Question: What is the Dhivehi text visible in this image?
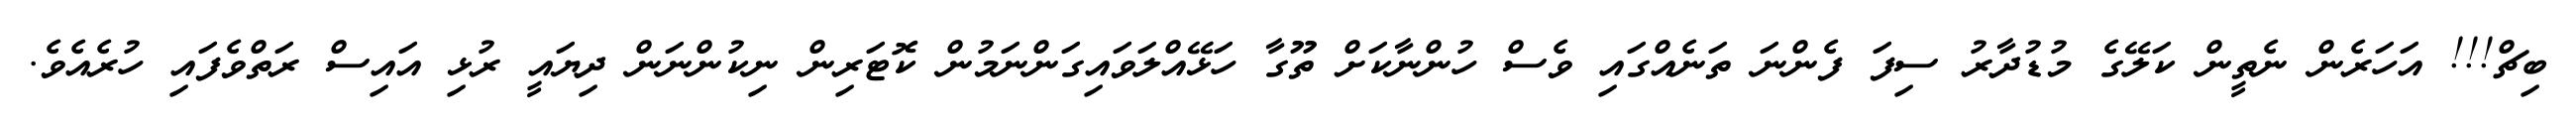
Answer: ބިޗް!!! އަހަރެން ނެތީން ކަލޭގެ މުޑުދާރު ސިފަ ފެންނަ ތަނެއްގައި ވެސް ހުންނާކަށް ތޫގާ ހަޅޭއްލަވައިގަންނަމުން ކޮޓަރިން ނިކުންނަން ދިޔައީ ރުޅި އައިސް ރަތްވެފައި ހުރެއެވެ.